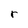
Character: r